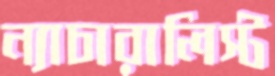
ন্যাচারালিস্ট